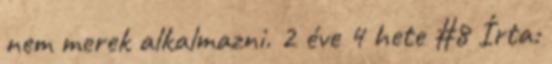
nem merek alkalmazni. 2 éve 4 hete #8 Írta: